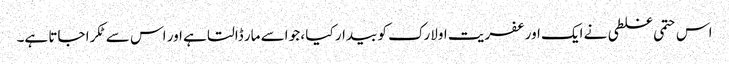
اس حتمی غلطی نے ایک اور عفریت اولارک کو بیدار کیا ، جو اسے مار ڈالتا ہے اور اس سے ٹکرا جاتا ہے۔